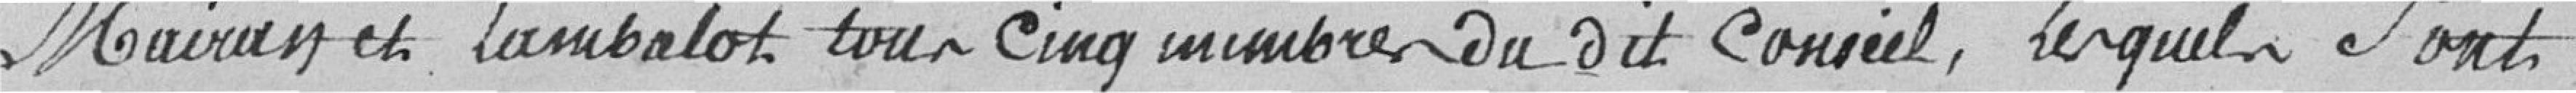
Mairan et Lambalot tous cinq membres du dit Conseil. Lesquels sont